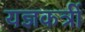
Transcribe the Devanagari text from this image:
यज्ञकर्त्री